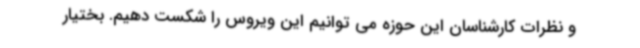
و نظرات کارشناسان این حوزه می توانیم این ویروس را شکست دهیم. بختیار